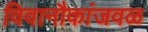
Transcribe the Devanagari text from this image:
विवानौकांजवळ